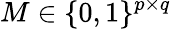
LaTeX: M\in\{ 0,1\} ^{p\times q}